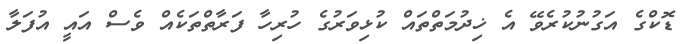
ޑޮކްގެ އަގުނުކުރެވޭ އެ ޚިދުމަތްތައް ކުޅިވަރުގެ ހުރިހާ ފަރާތްތަކެއް ވެސް އައީ އުފަލާ